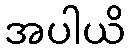
အပါယိ